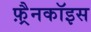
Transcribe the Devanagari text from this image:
फ़्रैनकॉइस